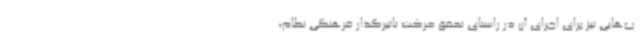
ب‌هایی نیز برای اجرای آن در راستای تحقق حرکت تاثیرگذار فرهنگی نظام،